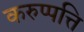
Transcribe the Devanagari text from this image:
करुप्पत्ति